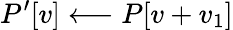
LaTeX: P^{\prime}[v]\longleftarrow P[v+v_{1}]